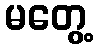
မတွေ့